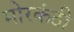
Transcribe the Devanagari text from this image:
मोरकंठी